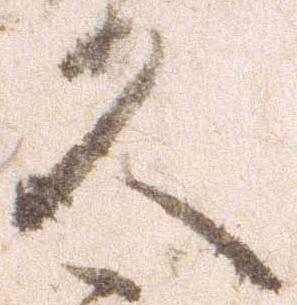
久